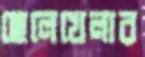
ছেলেখেলার